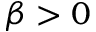
\beta > 0